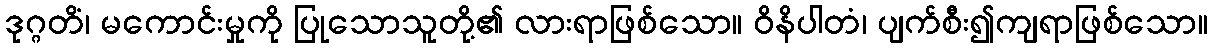
ဒုဂ္ဂတိံ၊ မကောင်းမှုကို ပြုသောသူတို့၏ လားရာဖြစ်သော။ ဝိနိပါတံ၊ ပျက်စီး၍ကျရာဖြစ်သော။